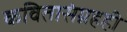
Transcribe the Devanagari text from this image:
कवितासंग्रहही